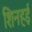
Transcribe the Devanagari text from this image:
शिनहई